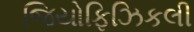
જિયોફિઝિકલી